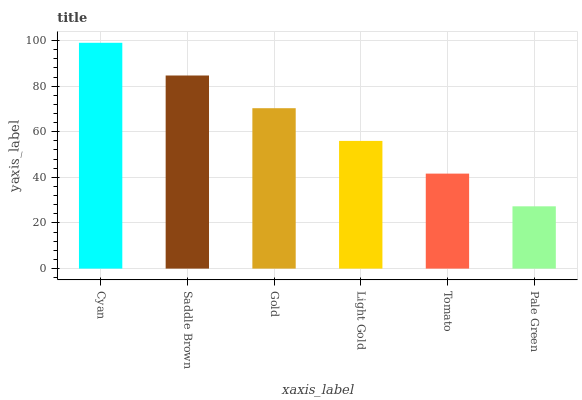
| xaxis_label | bars |
 | --- | --- |
 | Cyan | 99 |
 | Saddle Brown | 84.7 |
 | Gold | 70.3 |
 | Light Gold | 56 |
 | Tomato | 41.6 |
 | Pale Green | 27.3 |